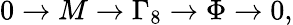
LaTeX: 0\to M\to\Gamma_{8}\to\Phi\to 0,